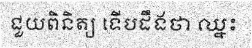
ជួយពិនិត្យ ទើបដឹងថា ឈ្នះ